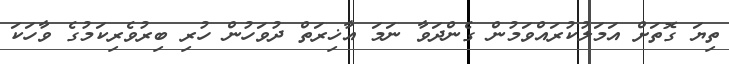
ތިޔަ ގޮތަށް އަމަލުކުރައްވަމުން ގެންދަވާ ނަމަ އާޚިރަތް ދުވަހުން ހުރި ބިރުވެރިކަމުގެ ވާހަކަ